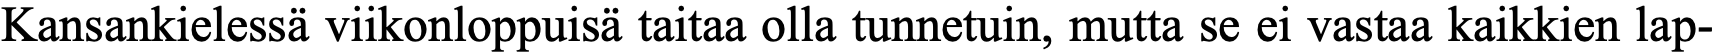
Kansankielessä viikonloppuisä taitaa olla tunnetuin, mutta se ei vastaa kaikkien lap-